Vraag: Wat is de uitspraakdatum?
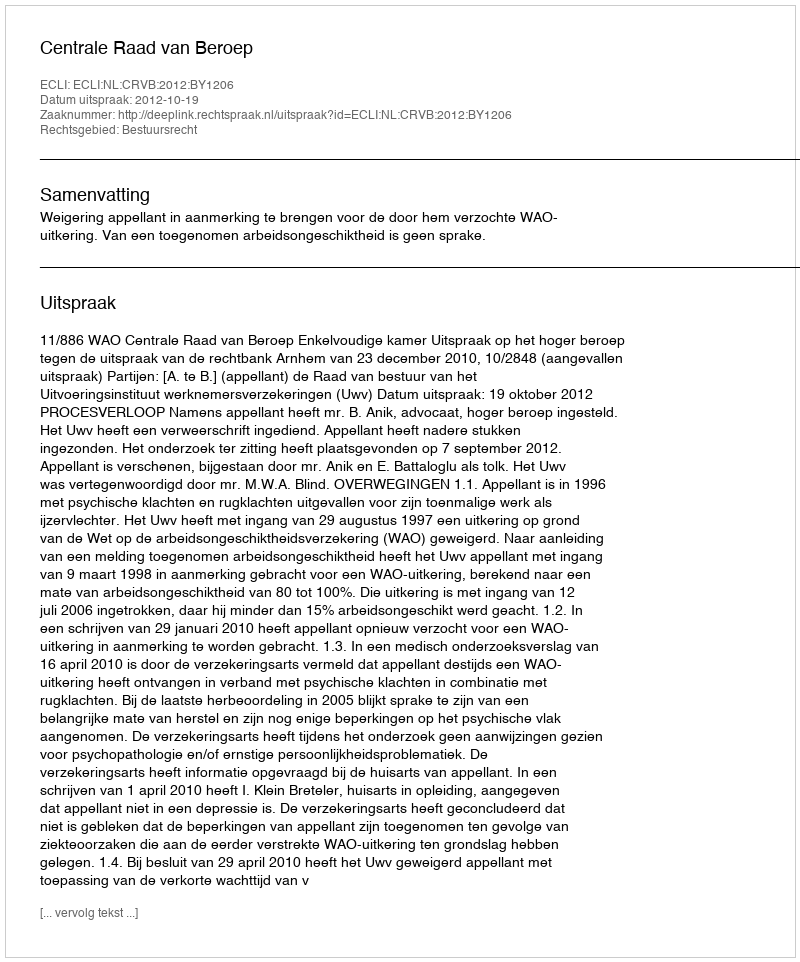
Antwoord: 2012-10-19